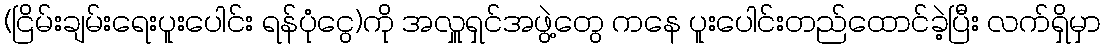
(ငြိမ်းချမ်းရေးပူးပေါင်း ရန်ပုံငွေ)ကို အလှူရှင်အဖွဲ့တွေ ကနေ ပူးပေါင်းတည်ထောင်ခဲ့ပြီး လက်ရှိမှာ